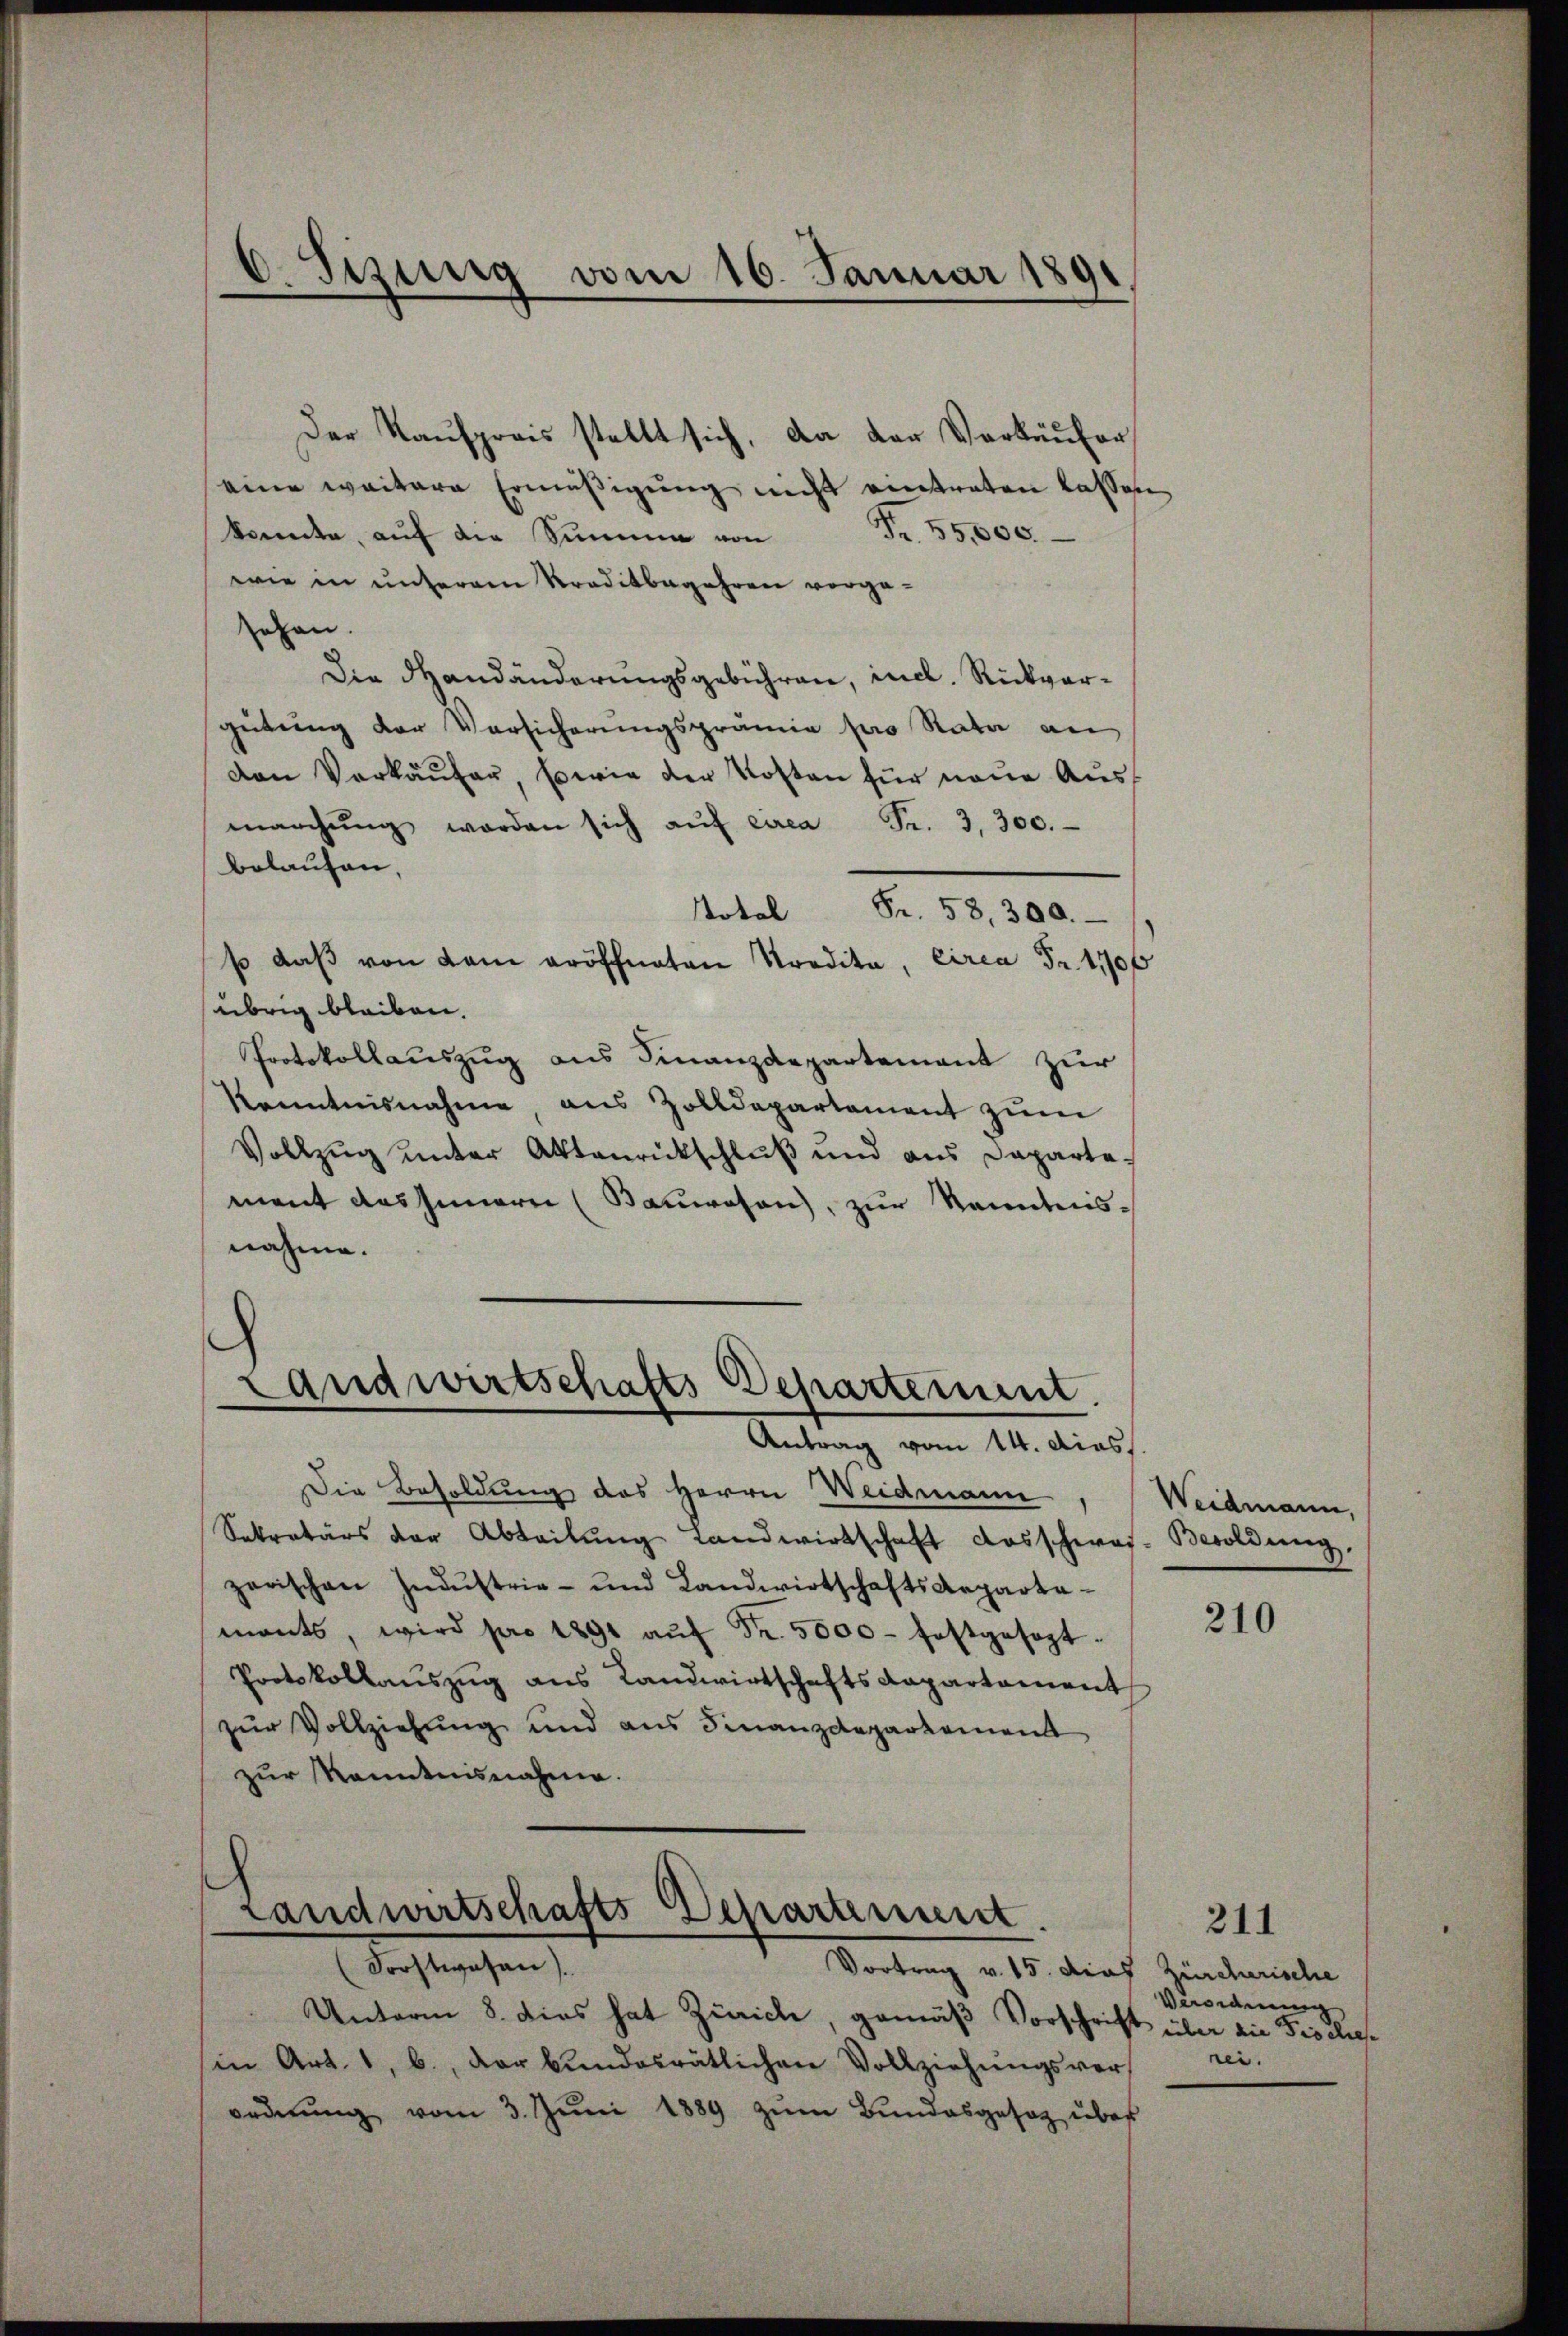
Der Kaufpreis stellt sich, da der Verkäufer
eine weitere Ermäßigung nicht eintraten lassen
konnte, aŭf die Summe von Fr. 55,000.
wie in unserem Kreditbegehren vorge-
ehen.
Die Handänderungsgebühren, incl. Rückvergütung der Versicherungsprämie pro Rata an
van Verkäŭfer, sowie der Kosten für neue Ausmarchŭng worden sich aŭf circa Fr. 3, 300.
belaufen.
Notel Fr. 58, 300.
so daβ von kam eröffneten Tradita, circa Fr. 410 f
übrig bleiben.
Protokollauszug aus Finanzdepartement zur
Kenntnisnahme, aus Zolldepartement zum
Vollzug unter Aktenrückschluß und aus Daparte-
ment das Innern (Bauwesen, zur Kenntnisnahme.
Landwirtschafts Departement.
Antrag vom 14. dies
Die Besoldung des Herrn Weidmann
Sekretärs der Abteilŭng Landwirtschaft Dosschwas-Besoldung.
zerischen Industrie- und Landwirtschaftsdepartemants, wird pro 1891 aŭf Fr. 5000 festgesagt.
Protokollauszug aus Landwirtschafts Capartament
zur Vollziehung und aus Finanzdepartement
zur Kenntnisnahme.

d. Sizung vom 16. Januar 1891

Landwirtschafts-Departement.

(Forstwesen.
1 Vortrag v. 15. dies Zincmieler
Unterm 8. dies hat Zürich, gemäß Vorschrift über die Fisclies¬
(in Art. 1, b., der bundesrätlichen Vollziehŭngsver-
ordnung vom 3. Juni 1889 zum Bundesgesetz über

Weidmann,

210

Vereiderung
nei.

211